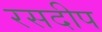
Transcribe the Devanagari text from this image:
रसदीप